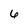
Character: 6